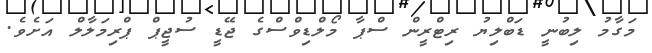
މަގާމު ލިބުނީ ޑަބްލިޔު ރިޓްރީން ސްޕާ މޯލްޑިވްސްގެ ޖޭޑީ ސުޖީޕް ޕްރިމަލާލް އަށެވެ.